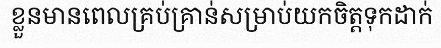
ខ្លួនមានពេលគ្រប់គ្រាន់សម្រាប់យកចិត្តទុកដាក់